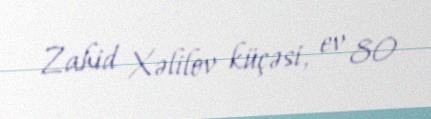
Zahid Xəlilov küçəsi, ev 80